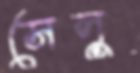
সেলু